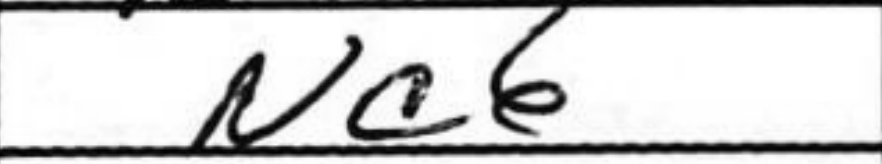
Transcription: Nc6